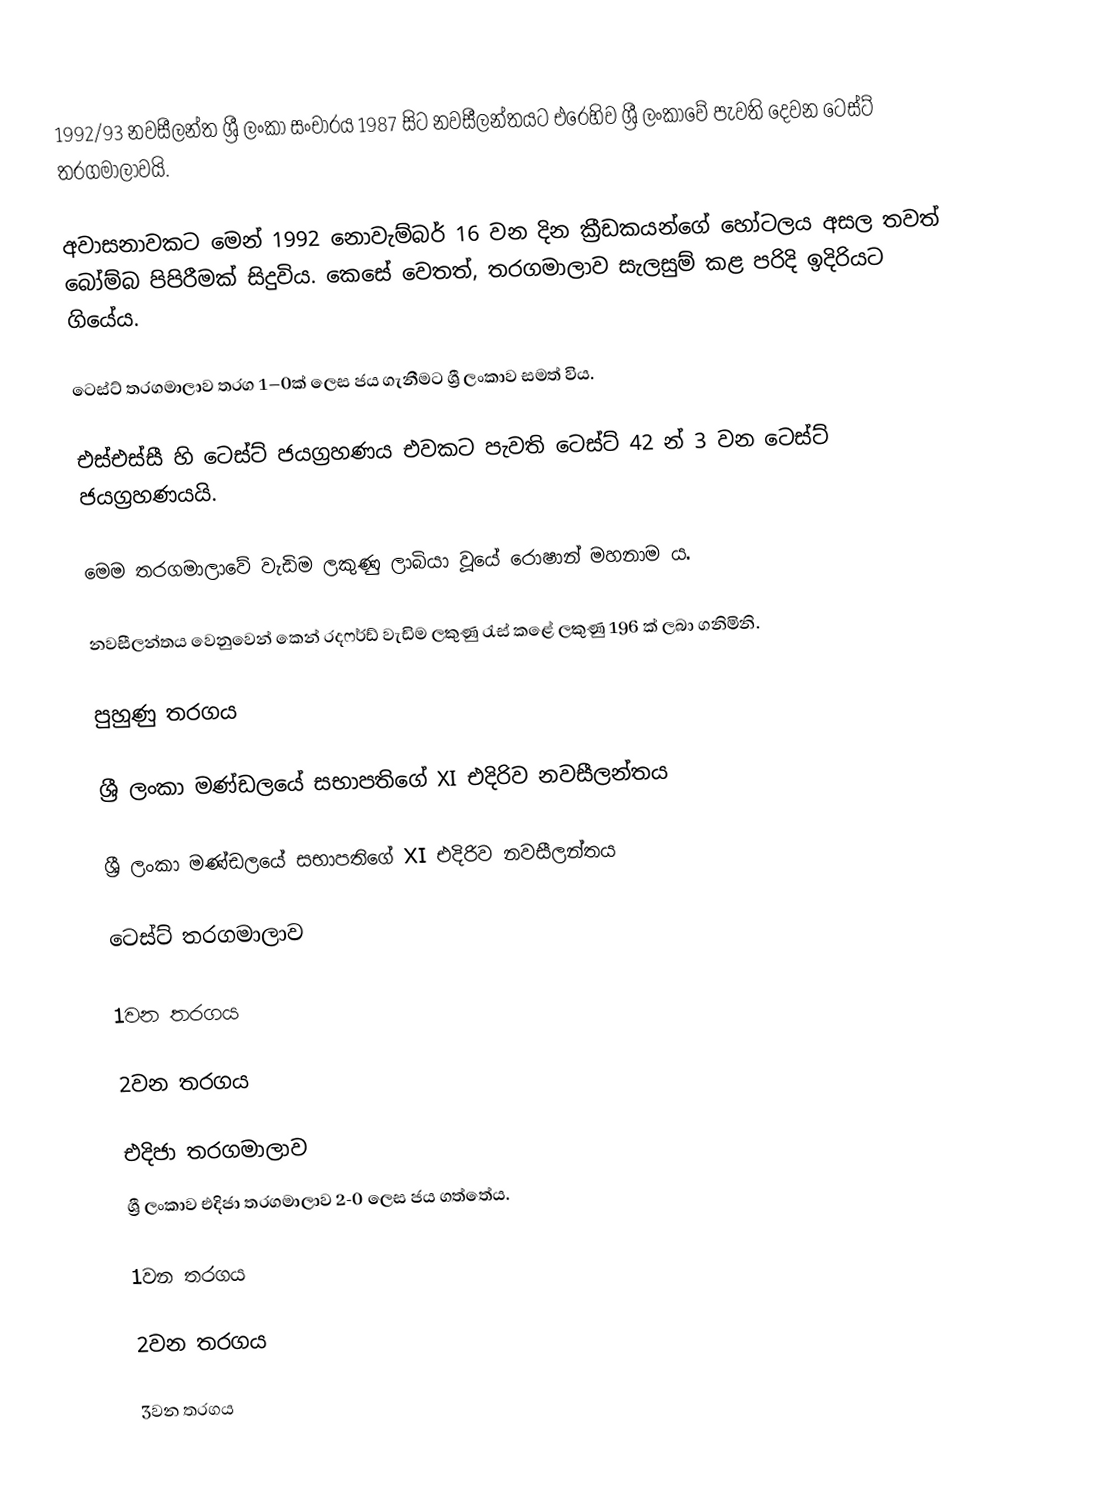
1992/93 නවසීලන්ත ශ්‍රී ලංකා සංචාරය 1987 සිට නවසීලන්තයට එරෙහිව ශ්‍රී ලංකාවේ පැවති දෙවන ටෙස්ට් තරගමාලාවයි.

අවාසනාවකට මෙන් 1992 නොවැම්බර් 16 වන දින ක්‍රීඩකයන්ගේ හෝටලය අසල තවත් බෝම්බ පිපිරීමක් සිදුවිය. කෙසේ වෙතත්, තරගමාලාව සැලසුම් කළ පරිදි ඉදිරියට ගියේය.

ටෙස්ට් තරගමාලාව තරග 1–0ක් ලෙස ජය ගැනීමට ශ්‍රී ලංකාව සමත් විය.

එස්එස්සී හි ටෙස්ට් ජයග්‍රහණය එවකට පැවති ටෙස්ට් 42 න් 3 වන ටෙස්ට් ජයග්‍රහණයයි.

මෙම තරගමාලාවේ වැඩිම ලකුණු ලාබියා වූයේ රොෂාන් මහනාම ය.

නවසීලන්තය වෙනුවෙන් කෙන් රදෆර්ඩ් වැඩිම ලකුණු රැස් කළේ ලකුණු 196 ක් ලබා ගනිමිනි.

පුහුණු තරගය

ශ්‍රී ලංකා මණ්ඩලයේ සභාපතිගේ XI එදිරිව නවසීලන්තය

ශ්‍රී ලංකා මණ්ඩලයේ සභාපතිගේ XI එදිරිව නවසීලන්තය

ටෙස්ට් තරගමාලාව

1වන තරගය

2වන තරගය

එදිජා තරගමාලාව
ශ්‍රී ලංකාව එදිජා තරගමාලාව 2-0 ලෙස ජය ගත්තේය.

1වන තරගය

2වන තරගය

3වන තරගය